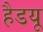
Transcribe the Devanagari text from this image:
हैडयू